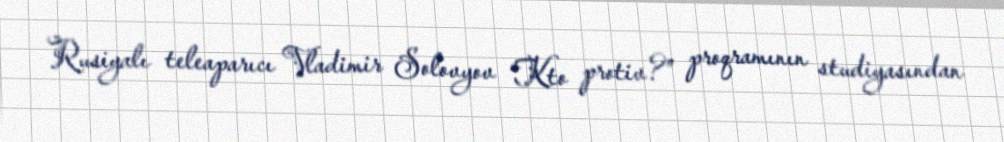
Rusiyalı teleaparıcı Vladimir Solovyov “Kto protiv?” proqramının studiyasından